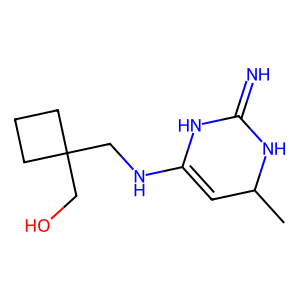
SMILES: CC1C=C(NCC2(CO)CCC2)NC(=N)N1
Inhibits HIV replication: No